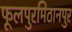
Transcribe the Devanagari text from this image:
फूलपुरमिठानपुर